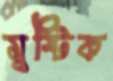
মুষ্টিক